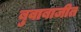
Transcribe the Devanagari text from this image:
बुवाबाजीत